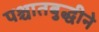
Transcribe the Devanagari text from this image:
पश्चातबुद्धीने